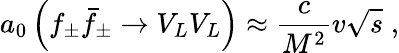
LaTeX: a_{0}\left(f_{\pm}\bar{f}_{\pm}\to V_{L}V_{L}\right)\approx\frac{c}{M^{2}}v\sqrt s\; ,